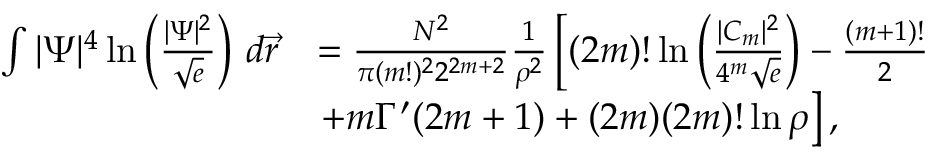
\begin{array} { r l } { \int | \Psi | ^ { 4 } \ln \left( \frac { | \Psi | ^ { 2 } } { \sqrt { e } } \right) \, d \vec { r } } & { = \frac { N ^ { 2 } } { \pi ( m ! ) ^ { 2 } 2 ^ { 2 m + 2 } } \frac { 1 } { \rho ^ { 2 } } \left[ ( 2 m ) ! \ln \left( \frac { | C _ { m } | ^ { 2 } } { 4 ^ { m } \sqrt { e } } \right) - \frac { ( m + 1 ) ! } { 2 } \right. } \\ & { \left. + m \Gamma ^ { \prime } ( 2 m + 1 ) + ( 2 m ) ( 2 m ) ! \ln \rho \right] , } \end{array}